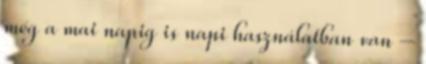
még a mai napig is napi használatban van –